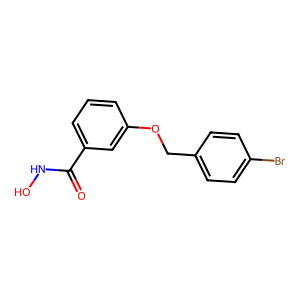
SMILES: O=C(NO)c1cccc(OCc2ccc(Br)cc2)c1
Inhibits HIV replication: No